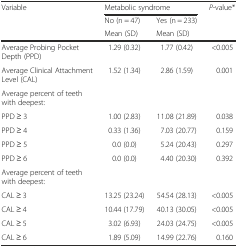
<table><thead><tr><td rowspan="3"><b>Variable</b></td><td colspan="2"><b>Metabolic syndrome</b></td><td rowspan="3"><b><i>P</i>-value*</b></td></tr><tr><td><b>No (n = 47)</b></td><td><b>Yes (n = 233)</b></td></tr><tr><td><b>Mean (SD)</b></td><td><b>Mean (SD)</b></td></tr></thead><tbody><tr><td>Average Probing Pocket Depth (PPD)</td><td>1.29 (0.32)</td><td>1.77 (0.42)</td><td>&lt;0.005</td></tr><tr><td>Average Clinical Attachment Level (CAL)</td><td>1.52 (1.34)</td><td>2.86 (1.59)</td><td>0.001</td></tr><tr><td>Average percent of teeth with deepest:</td><td></td><td></td><td></td></tr><tr><td>PPD ≥ 3</td><td>1.00 (2.83)</td><td>11.08 (21.89)</td><td>0.038</td></tr><tr><td>PPD ≥ 4</td><td>0.33 (1.36)</td><td>7.03 (20.77)</td><td>0.159</td></tr><tr><td>PPD ≥ 5</td><td>0.0 (0.0)</td><td>5.24 (20.43)</td><td>0.297</td></tr><tr><td>PPD ≥ 6</td><td>0.0 (0.0)</td><td>4.40 (20.30)</td><td>0.392</td></tr><tr><td>Average percent of teeth with deepest:</td><td></td><td></td><td></td></tr><tr><td>CAL ≥ 3</td><td>13.25 (23.24)</td><td>54.54 (28.13)</td><td>&lt;0.005</td></tr><tr><td>CAL ≥ 4</td><td>10.44 (17.79)</td><td>40.13 (30.05)</td><td>&lt;0.005</td></tr><tr><td>CAL ≥ 5</td><td>3.02 (6.93)</td><td>24.03 (24.75)</td><td>&lt;0.005</td></tr><tr><td>CAL ≥ 6</td><td>1.89 (5.09)</td><td>14.99 (22.76)</td><td>0.160</td></tr></tbody></table>